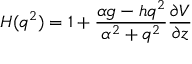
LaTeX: H ( q ^ { 2 } ) = 1 + \frac { \alpha g - h q ^ { 2 } } { \alpha ^ { 2 } + q ^ { 2 } } \frac { \partial V } { \partial z }